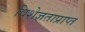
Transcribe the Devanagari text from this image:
विशेज्ञताप्राप्त